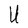
Character: U